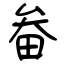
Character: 畚